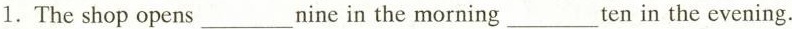
1.The shop opens ___ nine in the morning ___ ten in the evening.